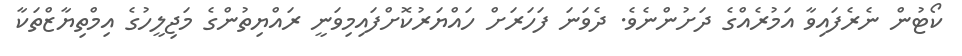
ކޯޓުން ނެރެފައިވާ އަމުރެއްގެ ދަށުންނެވެ. ދެވަނަ ފަހަރަށް ހައްޔަރުކޮށްފައިމިވަނީ ރައްޔިތުންގެ މަޖިލީހުގެ އިމްތިޔާޒްތަކާ